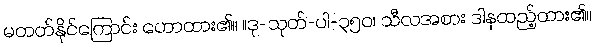
မတတ်နိုင်ကြောင်း ဟောထား၏။ ။ဒု-သုတ်-ပါ-၃၅၀၊ သီလအစား ဒါနထည့်ထား၏။